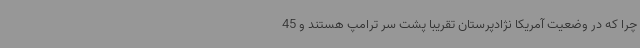
چرا که در وضعیت آمریکا نژادپرستان تقریباً پشت سر ترامپ هستند و 45